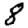
Digit: 8